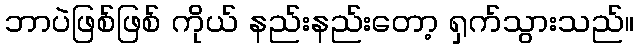
ဘာပဲဖြစ်ဖြစ် ကိုယ် နည်းနည်းတော့ ရှက်သွားသည်။